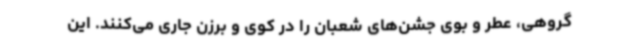
گروهی، عطر و بوی جشن‌های شعبان را در کوی و برزن جاری می‌کنند. این